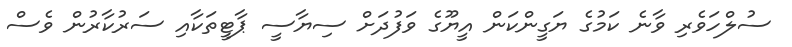
ސުލްހަވެރި ވާނެ ކަމުގެ ޔަގީންކަން އީޔޫގެ ވަފުދަށް ސިޔާސީ ޕާޓީތަކާއި ސަރުކާރުން ވެސް